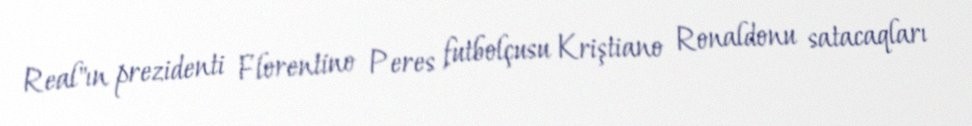
Real"ın prezidenti Florentino Peres futbolçusu Kriştiano Ronaldonu satacaqları